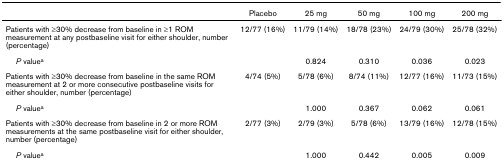
|  | Placebo | 25 mg | 50 mg | 100 mg | 200 mg |
 | --- | --- | --- | --- | --- | --- |
 | Patients with ≥30% decrease from baseline in ≥1 ROM measurement at any postbaseline visit for either shoulder, number (percentage) | 12/77 (16%) | 11/79 (14%) | 18/78 (23%) | 24/79 (30%) | 25/78 (32%) |
 | P valuea |  | 0.824 | 0.310 | 0.036 | 0.023 |
 | Patients with ≥30% decrease from baseline in the same ROM measurement at 2 or more consecutive postbaseline visits for either shoulder, number (percentage) | 4/74 (5%) | 5/78 (6%) | 8/74 (11%) | 12/77 (16%) | 11/73 (15%) |
 | P valuea |  | 1.000 | 0.367 | 0.062 | 0.061 |
 | Patients with ≥30% decrease from baseline in 2 or more ROM measurements at the same postbaseline visit for either shoulder, number (percentage) | 2/77 (3%) | 2/79 (3%) | 5/78 (6%) | 13/79 (16%) | 12/78 (15%) |
 | P valuea |  | 1.000 | 0.442 | 0.005 | 0.009 |